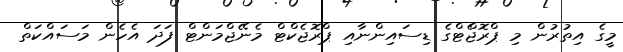
މީގެ އިތުރުން މި ޕްރޮޖެްޓްގެ ޑިސައިންނާއި ޕްރޮޖެކްޓް މެނޭޖްމަންޓް ފަދަ އެހެން މަސައްކަތް